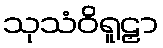
သုသံဝိရူဠှာ